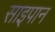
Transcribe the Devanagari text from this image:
साइपान